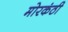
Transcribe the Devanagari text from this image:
मोरकंठी